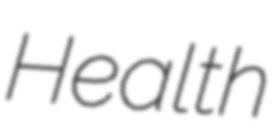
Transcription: Health